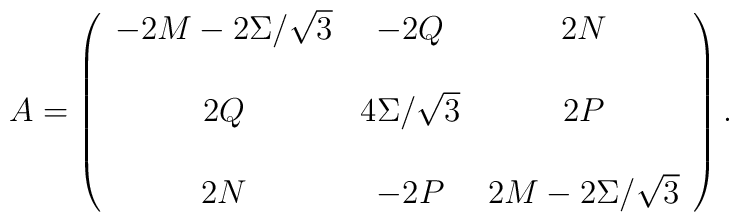
A = \left(\begin{array}{ccc}-2M-2\Sigma/\sqrt{3} & -2Q & 2N \\ & & \\2Q & 4\Sigma/\sqrt{3} & 2P \\ & & \\2N & -2P & 2M-2\Sigma/\sqrt{3}\end{array}\right).